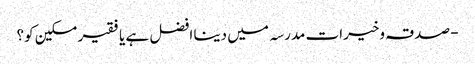
- صدقہ وخیرات مدرسہ میں دینا افضل ہے یا فقیر مسکین کو؟